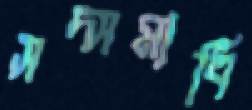
সদ্সমাধি